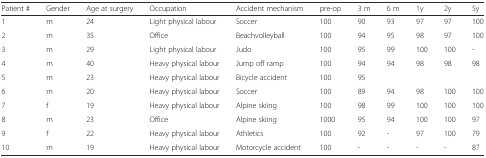
| Patient # | Gender | Age at surgery | Occupation | Accident mechanism | pre-op | 3 m | 6 m | 1y | 2y | 5y |
 | --- | --- | --- | --- | --- | --- | --- | --- | --- | --- | --- |
 | 1 | m | 24 | Light physical labour | Soccer | 100 | 90 | 93 | 97 | 97 | 100 |
 | 2 | m | 35 | Office | Beachvolleyball | 100 | 94 | 95 | 98 | 97 | 100 |
 | 3 | m | 29 | Light physical labour | Judo | 100 | 95 | 99 | 100 | 100 | - |
 | 4 | m | 40 | Heavy physical labour | Jump off ramp | 100 | 94 | 94 | 98 | 98 | 98 |
 | 5 | m | 23 | Heavy physical labour | Bicycle accident | 100 | 95 |  |  |  |  |
 | 6 | m | 20 | Heavy physical labour | Soccer | 100 | 89 | 94 | 98 | 100 | 100 |
 | 7 | f | 19 | Heavy physical labour | Alpine skiing | 100 | 98 | 99 | 100 | 100 | 100 |
 | 8 | m | 23 | Office | Alpine skiing | 1000 | 95 | 94 | 100 | 100 | 97 |
 | 9 | f | 22 | Heavy physical labour | Athletics | 100 | 92 | - | 97 | 100 | 79 |
 | 10 | m | 19 | Heavy physical labour | Motorcycle accident | 100 | - | - | - | - | 87 |